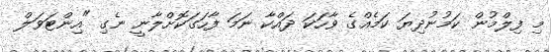
މި ފިލްމުން ކަމުނުދިޔަ ކަމެއްގެ ވާހަކަ ދައްކާ ނަމަ ފާހަގަކޮށްލާނީ ނެގި "އިންޓަވަލް